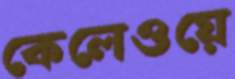
কেলেওয়ে